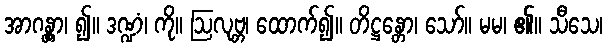
အာဂန္တွာ၊ ၍။ ဒဏ္ဍံ၊ ကို။ ဩလုဗ္ဘ၊ ထောက်၍။ တိဋ္ဌန္တော၊ သော်။ မမ၊ ၏။ သီသေ၊